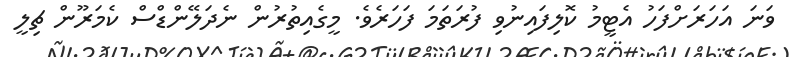
ވަނަ އަހަރަށްފަހު އެޓީމު ކޮލިފައިނުވި ފުރަތަމަ ފަހަރެވެ. މީގެއިތުރުން ނެދަލޭންޑްސް ކެމަރޫން ޗިލީ